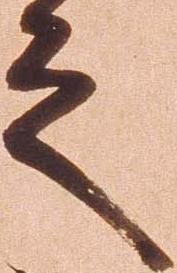
之